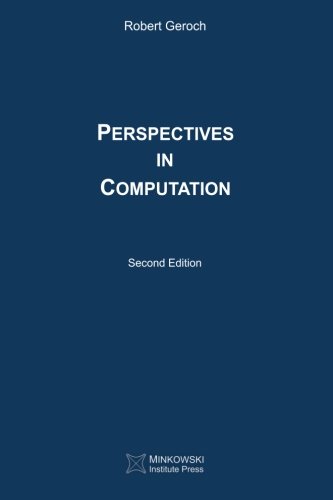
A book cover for Perspectives in Computation; Robert Geroch; Science & Math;